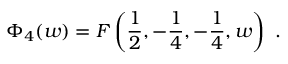
\Phi _ { 4 } ( w ) = F \left( \frac 1 2 , - \frac 1 4 , - \frac 1 4 , w \right) \ .